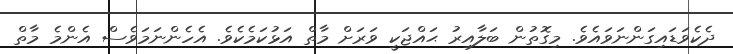
ދެކެވަޑައިގަންނަވައެވެ. މިގޮތުން ބަލާއިރު ޙައްޖަކީ ވަރަށް މާތް އަޅުކަމެކެވެ. އެހެންނަމަވެސް އެންމެ މާތް